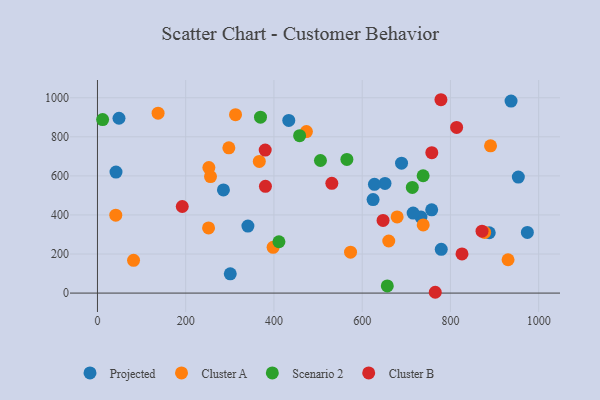
{"axis": {"x": "Speed", "y": "Profit"}, "legend": ["Cluster A", "Cluster B", "Projected", "Scenario 2"], "data": [{"x": "937.4", "y": 983.0, "type": "Projected"}, {"x": "689.2", "y": 665.0, "type": "Projected"}, {"x": "651.7", "y": 561.2, "type": "Projected"}, {"x": "433.6", "y": 884.0, "type": "Projected"}, {"x": "624.7", "y": 478.6, "type": "Projected"}, {"x": "757.5", "y": 426.0, "type": "Projected"}, {"x": "42.0", "y": 619.4, "type": "Projected"}, {"x": "733.2", "y": 389.2, "type": "Projected"}, {"x": "627.8", "y": 556.9, "type": "Projected"}, {"x": "285.5", "y": 527.9, "type": "Projected"}, {"x": "953.9", "y": 594.1, "type": "Projected"}, {"x": "715.5", "y": 409.8, "type": "Projected"}, {"x": "341.0", "y": 343.0, "type": "Projected"}, {"x": "888.0", "y": 308.8, "type": "Projected"}, {"x": "301.0", "y": 98.5, "type": "Projected"}, {"x": "48.8", "y": 895.0, "type": "Projected"}, {"x": "779.2", "y": 223.8, "type": "Projected"}, {"x": "974.4", "y": 310.4, "type": "Projected"}, {"x": "398.1", "y": 234.0, "type": "Cluster A"}, {"x": "930.6", "y": 170.5, "type": "Cluster A"}, {"x": "738.3", "y": 349.0, "type": "Cluster A"}, {"x": "81.8", "y": 167.8, "type": "Cluster A"}, {"x": "41.5", "y": 398.8, "type": "Cluster A"}, {"x": "252.5", "y": 642.7, "type": "Cluster A"}, {"x": "890.9", "y": 753.9, "type": "Cluster A"}, {"x": "297.8", "y": 743.5, "type": "Cluster A"}, {"x": "660.2", "y": 266.7, "type": "Cluster A"}, {"x": "877.6", "y": 310.3, "type": "Cluster A"}, {"x": "473.6", "y": 826.7, "type": "Cluster A"}, {"x": "251.8", "y": 333.8, "type": "Cluster A"}, {"x": "137.4", "y": 921.2, "type": "Cluster A"}, {"x": "312.9", "y": 913.5, "type": "Cluster A"}, {"x": "573.6", "y": 209.2, "type": "Cluster A"}, {"x": "679.2", "y": 389.8, "type": "Cluster A"}, {"x": "366.8", "y": 673.8, "type": "Cluster A"}, {"x": "256.2", "y": 596.4, "type": "Cluster A"}, {"x": "411.3", "y": 262.7, "type": "Scenario 2"}, {"x": "369.5", "y": 900.8, "type": "Scenario 2"}, {"x": "738.1", "y": 600.7, "type": "Scenario 2"}, {"x": "458.2", "y": 805.9, "type": "Scenario 2"}, {"x": "656.9", "y": 36.7, "type": "Scenario 2"}, {"x": "505.4", "y": 678.8, "type": "Scenario 2"}, {"x": "565.3", "y": 684.0, "type": "Scenario 2"}, {"x": "11.7", "y": 888.5, "type": "Scenario 2"}, {"x": "713.6", "y": 540.8, "type": "Scenario 2"}, {"x": "814.0", "y": 848.3, "type": "Cluster B"}, {"x": "380.2", "y": 732.0, "type": "Cluster B"}, {"x": "765.6", "y": 4.1, "type": "Cluster B"}, {"x": "778.5", "y": 989.9, "type": "Cluster B"}, {"x": "380.7", "y": 546.4, "type": "Cluster B"}, {"x": "192.2", "y": 443.3, "type": "Cluster B"}, {"x": "826.2", "y": 200.4, "type": "Cluster B"}, {"x": "871.6", "y": 316.8, "type": "Cluster B"}, {"x": "757.8", "y": 718.6, "type": "Cluster B"}, {"x": "647.3", "y": 372.0, "type": "Cluster B"}, {"x": "531.2", "y": 562.1, "type": "Cluster B"}]}